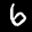
Label: 6